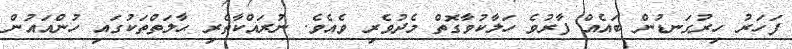
ފަހަރު ހިރުގަނޑުން ބައެއް ފާރުވެ ހަލާކުވާގޮތް މެދުވެރި ވެއެވެ. ނުރައްކާތެރި ޙާލަތްތަކުގައި ހުންއައުން